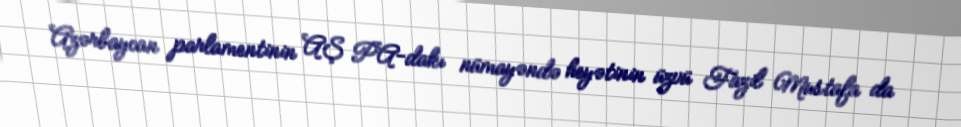
Azərbaycan parlamentinin AŞ PA-dakı nümayəndə heyətinin üzvü Fazil Mustafa da